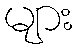
များ